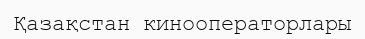
Қазақстан кинооператорлары